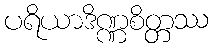
ပရိယာဒိဏ္ဏစိတ္တဿ